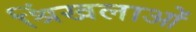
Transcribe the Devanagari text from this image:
श्रिंखलाओं